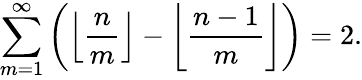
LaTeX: \sum_{m=1}^{\infty}\left(\left\lfloor{\frac{n}{m}}\right\rfloor-\left\lfloor{\frac{n-1}{m}}\right\rfloor\right)=2.